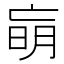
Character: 朚